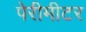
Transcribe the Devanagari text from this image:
पेरीमीटर